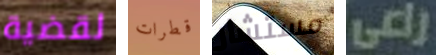
لقضية قطرات مستشار راعي